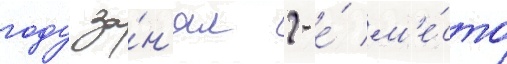
году за́н'ял 2-е́ м'е́сто